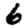
Digit: 6